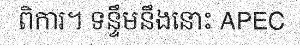
ពិការ។ ទន្ទឹមនឹងនោះ APEC